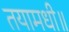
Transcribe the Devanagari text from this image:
तयामधी॥